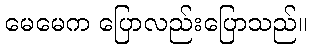
မေမေက ပြောလည်းပြောသည်။